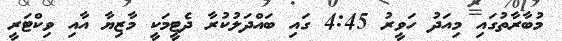
މުބާރާތުގައި މިއަދު ހަވީރު 4:45 ގައި ބައްދަލުކުރާ ދެޓީމަކީ މާޒިޔާ އާއި ވިކްޓަރީ